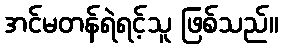
အင်မတန်ရဲရင့်သူ ဖြစ်သည်။